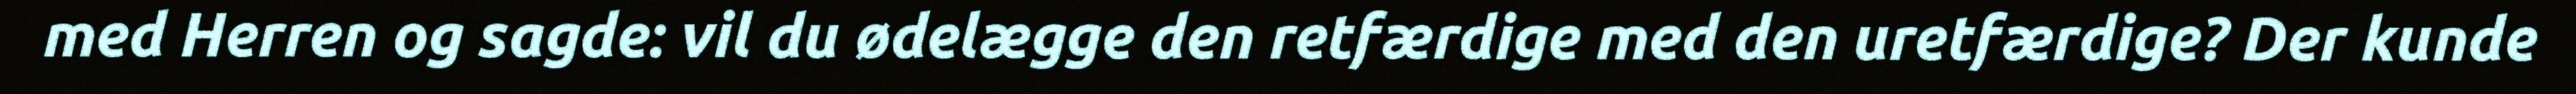
med Herren og sagde: vil du ødelægge den retfærdige med den uretfærdige? Der kunde